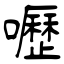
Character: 嚦